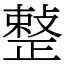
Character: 𢿫